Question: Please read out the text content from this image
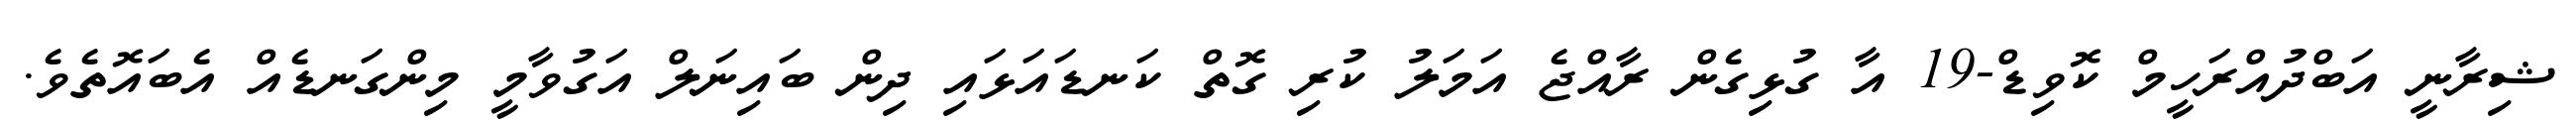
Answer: ޝިރާނީ އަބްދުއްރަހީމް ކޮވިޑް-19 އާ ގުޅިގެން ރާއްޖެ އަމަލު ކުރި ގޮތް ކަނޑައަޅައި ދިން ބައިނަލް އަގުވާމީ މިންގަނޑެއް އެބައޮތެވެ.